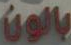
بالون